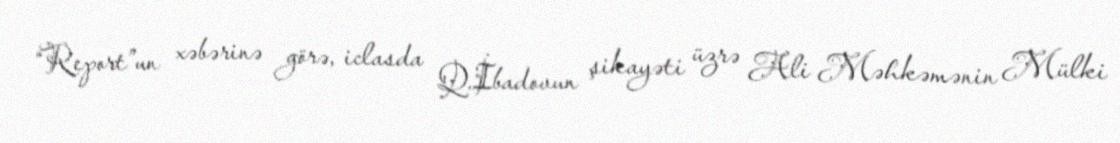
“Report”un xəbərinə görə, iclasda Q.İbadovun şikayəti üzrə Ali Məhkəmənin Mülki